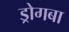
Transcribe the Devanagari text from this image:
ड्रोगबा